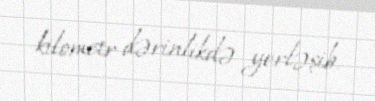
kilometr dərinlikdə yerləşib.